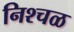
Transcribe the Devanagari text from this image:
निश्चळ